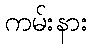
ကမ်းနား